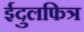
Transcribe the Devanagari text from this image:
ईदुलफित्र